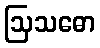
ဩသဓော